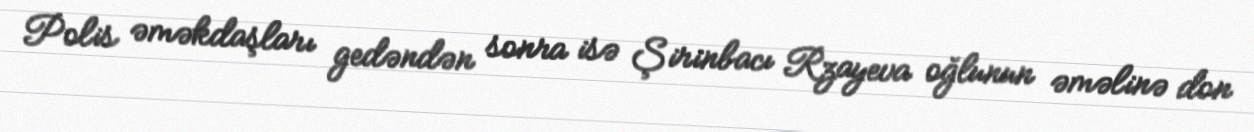
Polis əməkdaşları gedəndən sonra isə Şirinbacı Rzayeva oğlunun əməlinə don